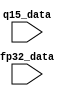
`timescale 1ns/1ps

module Q15ToFp32 (
  input signed [63:0] q15_data,
  input [31:0] fp32_data
);

  wire sign = q15_data[63];
  wire [63:0] unsigned_q15 = sign ? -q15_data : q15_data;

  wire [7:0] exponent;
  wire [22:0] mantissa;
  assign {exponent, mantissa} =
    unsigned_q15[62] == 1 ? {8'd141, unsigned_q15[61:39]} :
    unsigned_q15[61] == 1 ? {8'd140, unsigned_q15[60:38]} :
    unsigned_q15[60] == 1 ? {8'd139, unsigned_q15[59:37]} :
    unsigned_q15[59] == 1 ? {8'd138, unsigned_q15[58:36]} :
    unsigned_q15[58] == 1 ? {8'd137, unsigned_q15[57:35]} :
    unsigned_q15[57] == 1 ? {8'd136, unsigned_q15[56:34]} :
    unsigned_q15[56] == 1 ? {8'd135, unsigned_q15[55:33]} :
    unsigned_q15[55] == 1 ? {8'd134, unsigned_q15[54:32]} :
    unsigned_q15[54] == 1 ? {8'd133, unsigned_q15[53:31]} :
    unsigned_q15[53] == 1 ? {8'd132, unsigned_q15[52:30]} :
    unsigned_q15[52] == 1 ? {8'd131, unsigned_q15[51:29]} :
    unsigned_q15[51] == 1 ? {8'd130, unsigned_q15[50:28]} :
    unsigned_q15[50] == 1 ? {8'd129, unsigned_q15[49:27]} :
    unsigned_q15[49] == 1 ? {8'd128, unsigned_q15[48:26]} :
    unsigned_q15[48] == 1 ? {8'd127, unsigned_q15[47:25]} :
    unsigned_q15[47] == 1 ? {8'd126, unsigned_q15[46:24]} :
    unsigned_q15[46] == 1 ? {8'd125, unsigned_q15[45:23]} :
    unsigned_q15[45] == 1 ? {8'd124, unsigned_q15[44:22]} :
    unsigned_q15[44] == 1 ? {8'd123, unsigned_q15[43:21]} :
    unsigned_q15[43] == 1 ? {8'd122, unsigned_q15[42:20]} :
    unsigned_q15[42] == 1 ? {8'd121, unsigned_q15[41:19]} :
    unsigned_q15[41] == 1 ? {8'd120, unsigned_q15[40:18]} :
    unsigned_q15[40] == 1 ? {8'd119, unsigned_q15[39:17]} :
    unsigned_q15[39] == 1 ? {8'd118, unsigned_q15[38:16]} :
    unsigned_q15[38] == 1 ? {8'd117, unsigned_q15[37:15]} :
    unsigned_q15[37] == 1 ? {8'd116, unsigned_q15[36:14]} :
    unsigned_q15[36] == 1 ? {8'd115, unsigned_q15[35:13]} :
    unsigned_q15[35] == 1 ? {8'd114, unsigned_q15[34:12]} :
    unsigned_q15[34] == 1 ? {8'd113, unsigned_q15[33:11]} :
    unsigned_q15[33] == 1 ? {8'd112, unsigned_q15[32:10]} :
    unsigned_q15[32] == 1 ? {8'd111, unsigned_q15[31:09]} :
    unsigned_q15[31] == 1 ? {8'd110, unsigned_q15[30:08]} :
    unsigned_q15[30] == 1 ? {8'd109, unsigned_q15[29:07]} :
    unsigned_q15[29] == 1 ? {8'd108, unsigned_q15[28:06]} :
    unsigned_q15[28] == 1 ? {8'd107, unsigned_q15[27:05]} :
    unsigned_q15[27] == 1 ? {8'd106, unsigned_q15[26:04]} :
    unsigned_q15[26] == 1 ? {8'd105, unsigned_q15[25:03]} :
    unsigned_q15[25] == 1 ? {8'd104, unsigned_q15[24:02]} :
    unsigned_q15[24] == 1 ? {8'd103, unsigned_q15[23:01]} :
    unsigned_q15[23] == 1 ? {8'd102, unsigned_q15[22:00]} :
    unsigned_q15[22] == 1 ? {8'd101, unsigned_q15[21:00]} :
    unsigned_q15[21] == 1 ? {8'd100, unsigned_q15[20:00], 1'b0} :
    unsigned_q15[20] == 1 ? {8'd099, unsigned_q15[19:00], 2'b0} :
    unsigned_q15[19] == 1 ? {8'd098, unsigned_q15[18:00], 3'b0} :
    unsigned_q15[18] == 1 ? {8'd097, unsigned_q15[17:00], 4'b0} :
    unsigned_q15[17] == 1 ? {8'd096, unsigned_q15[16:00], 5'b0} :
    unsigned_q15[16] == 1 ? {8'd095, unsigned_q15[15:00], 6'b0} :
    unsigned_q15[15] == 1 ? {8'd094, unsigned_q15[14:00], 7'b0} :
    unsigned_q15[14] == 1 ? {8'd093, unsigned_q15[13:00], 8'b0} :
    unsigned_q15[13] == 1 ? {8'd092, unsigned_q15[12:00], 9'b0} :
    unsigned_q15[12] == 1 ? {8'd091, unsigned_q15[11:00], 10'b0} :
    unsigned_q15[11] == 1 ? {8'd090, unsigned_q15[10:00], 11'b0} :
    unsigned_q15[10] == 1 ? {8'd089, unsigned_q15[09:00], 12'b0} :
    unsigned_q15[19] == 1 ? {8'd088, unsigned_q15[08:00], 13'b0} :
    unsigned_q15[08] == 1 ? {8'd087, unsigned_q15[07:00], 14'b0} :
    unsigned_q15[07] == 1 ? {8'd086, unsigned_q15[06:00], 15'b0} :
    unsigned_q15[06] == 1 ? {8'd085, unsigned_q15[05:00], 16'b0} :
    unsigned_q15[05] == 1 ? {8'd084, unsigned_q15[04:00], 17'b0} :
    unsigned_q15[04] == 1 ? {8'd083, unsigned_q15[03:00], 18'b0} :
    unsigned_q15[03] == 1 ? {8'd082, unsigned_q15[02:00], 19'b0} :
    unsigned_q15[02] == 1 ? {8'd081, unsigned_q15[01:00], 20'b0} :
    unsigned_q15[01] == 1 ? {8'd080, unsigned_q15[00:00], 21'b0} :
    unsigned_q15[00] == 1 ? {8'd079, 23'b0} :
    0;

  assign fp32_data = 
    q15_data == 64'h8000000000000000 ? 32'h7fc00000 :
    q15_data == 64'h7fffffffffffffff ? 32'h7f800000 :
    q15_data == 64'h8000000000000001 ? 32'hff800000 :
    {sign, exponent, mantissa};

endmodule